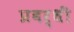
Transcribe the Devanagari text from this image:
प्रवर्धी